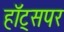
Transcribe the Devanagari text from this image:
हॉट्सपर